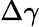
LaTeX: \Delta\gamma